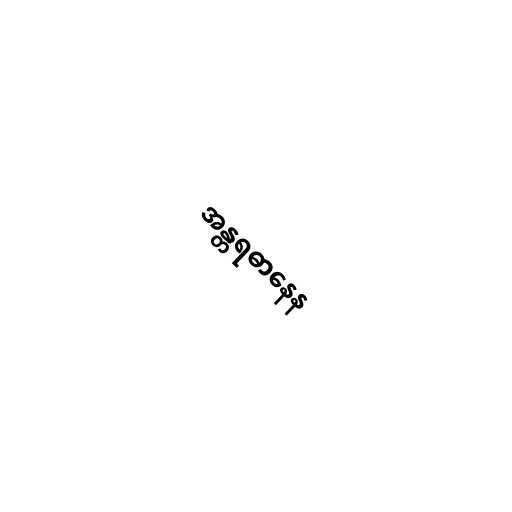
အန္တရဓာနေန